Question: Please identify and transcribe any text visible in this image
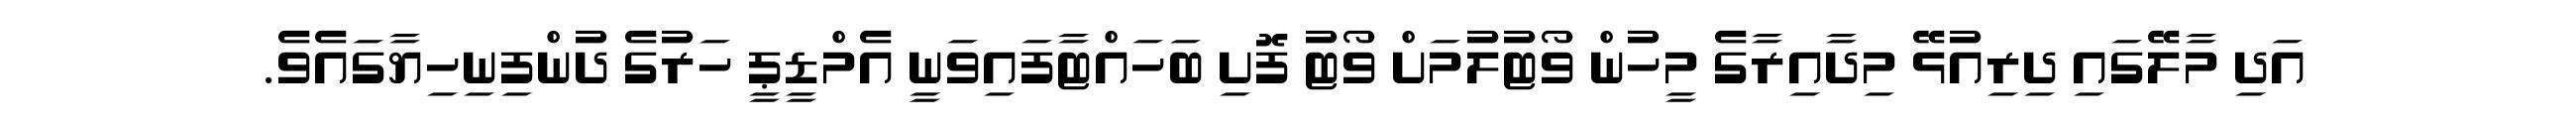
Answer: އަދި މާލޭގައި ދިރިއުޅޭ މިދާއިރާގެ މީހުން ވޯޓުލުމަށް ވޯޓު ފޮށި ބަހައްޓާފައިވަނީ އެމްޑީޕީ ހަރުގެ ދުންފިނިހިޔާގައެވެ.